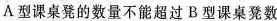
A型课桌凳的数量不能超过B型课桌凳数